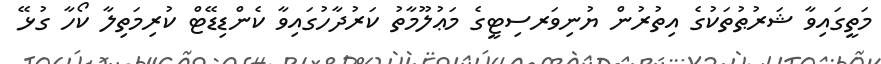
މަތީގައިވާ ޝަރުޠުތަކުގެ އިތުރުން ޔުނިވަރސިޓީގެ މަޢުލޫމާތު ކަރުދާހުގައިވާ ކެންޑިޑޭޓް ކުރިމަތިލާ ކޯހާ ގުޅޭ